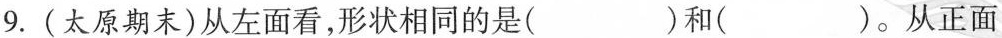
9.(太原期末)从左面看，形状相同的是( )和( )。从正面